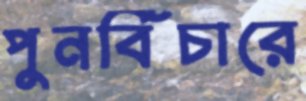
পুনর্বিচারে